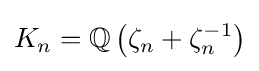
K_{n}=\mathbb {Q} \left(\zeta _{n}+\zeta _{n}^{-1}\right)